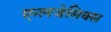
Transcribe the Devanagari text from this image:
एन्लजेसिक्स